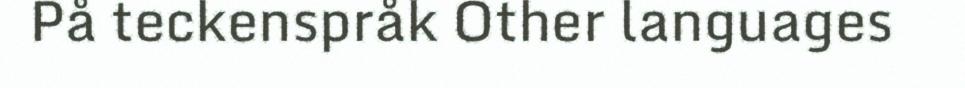
På teckenspråk Other languages